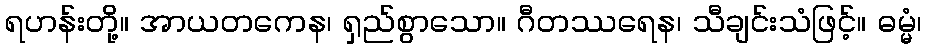
ရဟန်းတို့။ အာယတကေန၊ ရှည်စွာသော။ ဂီတဿရေန၊ သီချင်းသံဖြင့်။ ဓမ္မံ၊